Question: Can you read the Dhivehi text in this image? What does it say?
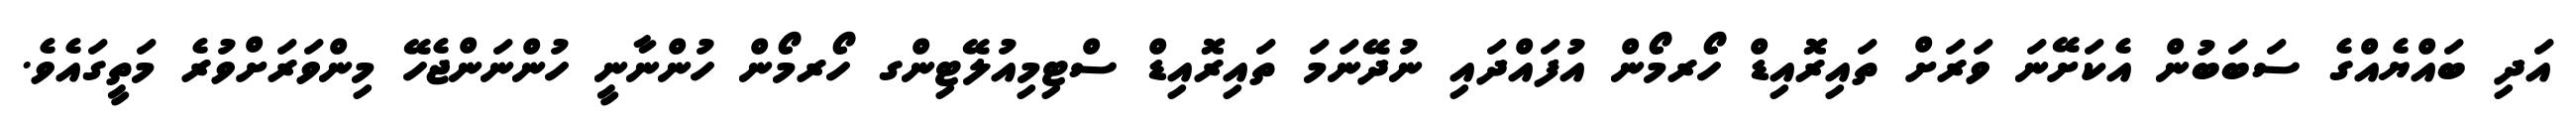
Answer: އަދި ބައްޔެއްގެ ސަބަބުން އެކަށޭނަ ވަރަށް ތައިރޮއިޑް ހޯރމޯން އުފައްދައި ނުދޭނަމަ ތައިރޮއިޑް ސްޓިމިއުލޭޓިންގ ހޯރމޯން ހުންނާނީ ހުންނަންޖެހޭ މިންވަރަށްވުރެ މަތީގައެވެ.